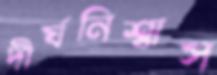
দীর্ঘনিশ্বাস